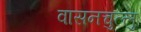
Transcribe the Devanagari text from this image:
वासनचुल्लु